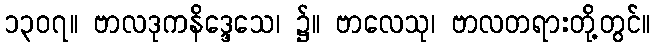
၁၃၀၇။ ဗာလဒုကနိဒ္ဒေသေ၊ ၌။ ဗာလေသု၊ ဗာလတရားတို့တွင်။